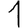
Digit: 1